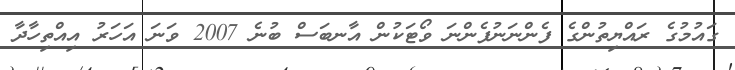
ގައުމުގެ ރައްޔިތުންގެ ފެންނަނުފެންނަ ވޯޓަކުން އާނބަސް ބުނެ 2007 ވަނަ އަހަރު އިއްތިހާދާ